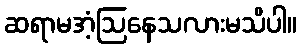
ဆရာမအံ့ဩနေသလားမသိပါ။